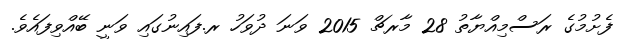
ފެށުމުގެ ރަސްމިއްޔާތު 28 މާރޗް 2015 ވަނަ ދުވަހު ރ.ފައިނުގައި ވަނީ ބޭއްވިފައެވެ.